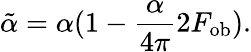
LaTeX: \tilde{\alpha}=\alpha(1-\frac{\alpha}{4\pi}2F_{\mathrm{ob}}).